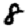
Digit: 8